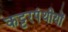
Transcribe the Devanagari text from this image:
कट्टरपंथीयों